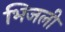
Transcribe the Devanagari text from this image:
भिजली